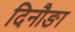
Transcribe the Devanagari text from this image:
दिनौङा